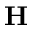
\mathbf { H }